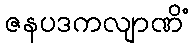
ဇနပဒကလျာဏိံ